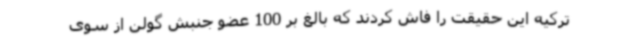
ترکیه این حقیقت را فاش کردند که بالغ بر 100 عضو جنبش گولن از سوی